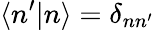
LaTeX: \langle n^{\prime}|n\rangle=\delta_{nn^{\prime}}